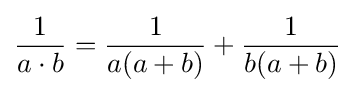
{\frac {1}{a\cdot b}}={\frac {1}{a(a+b)}}+{\frac {1}{b(a+b)}}